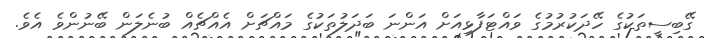
ގޭބިސީތަކުގެ ހޭދަކުރުމުގެ ވައްޓަފާޅިއަށް އަންނަ ބަދަލުތަކުގެ މައްޗަށް އެއްޗެއް ބުނެލަން ބޭނުންވެ އެވެ.